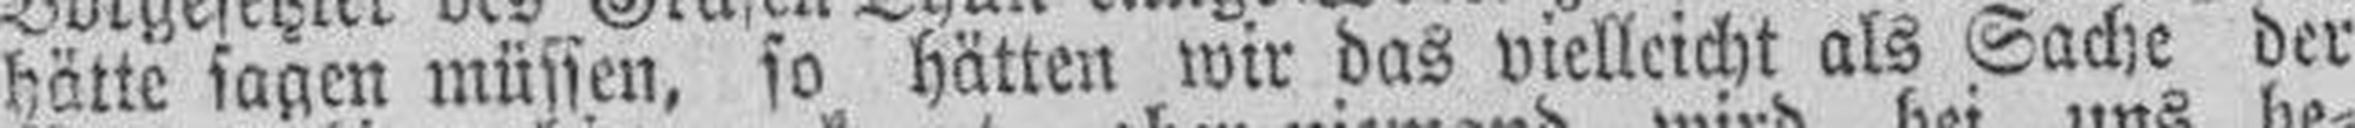
hätte sagen müssen, so hätten wir das vielleicht als Sache der